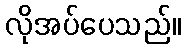
လိုအပ်ပေသည်။